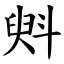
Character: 斞